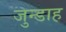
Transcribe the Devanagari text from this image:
जुन्डाह